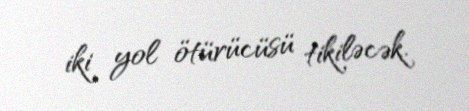
iki yol ötürücüsü tikiləcək.